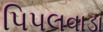
પિપલવાડા